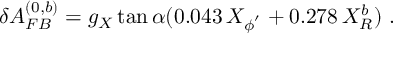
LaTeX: \delta A _ { F B } ^ { ( 0 , b ) } = g _ { X } \tan \alpha ( 0 . 0 4 3 \, X _ { \phi ^ { ' } } + 0 . 2 7 8 \, X _ { R } ^ { b } ) ~ .